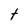
Character: t